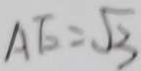
A E = \sqrt { 3 }